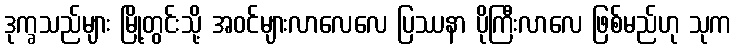
ဒုက္ခသည်များ မြို့တွင်းသို့ အဝင်များလာလေလေ ပြဿနာ ပိုကြီးလာလေ ဖြစ်မည်ဟု သုက